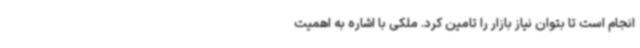
انجام است تا بتوان نیاز بازار را تامین کرد. ملکی با اشاره به اهمیت